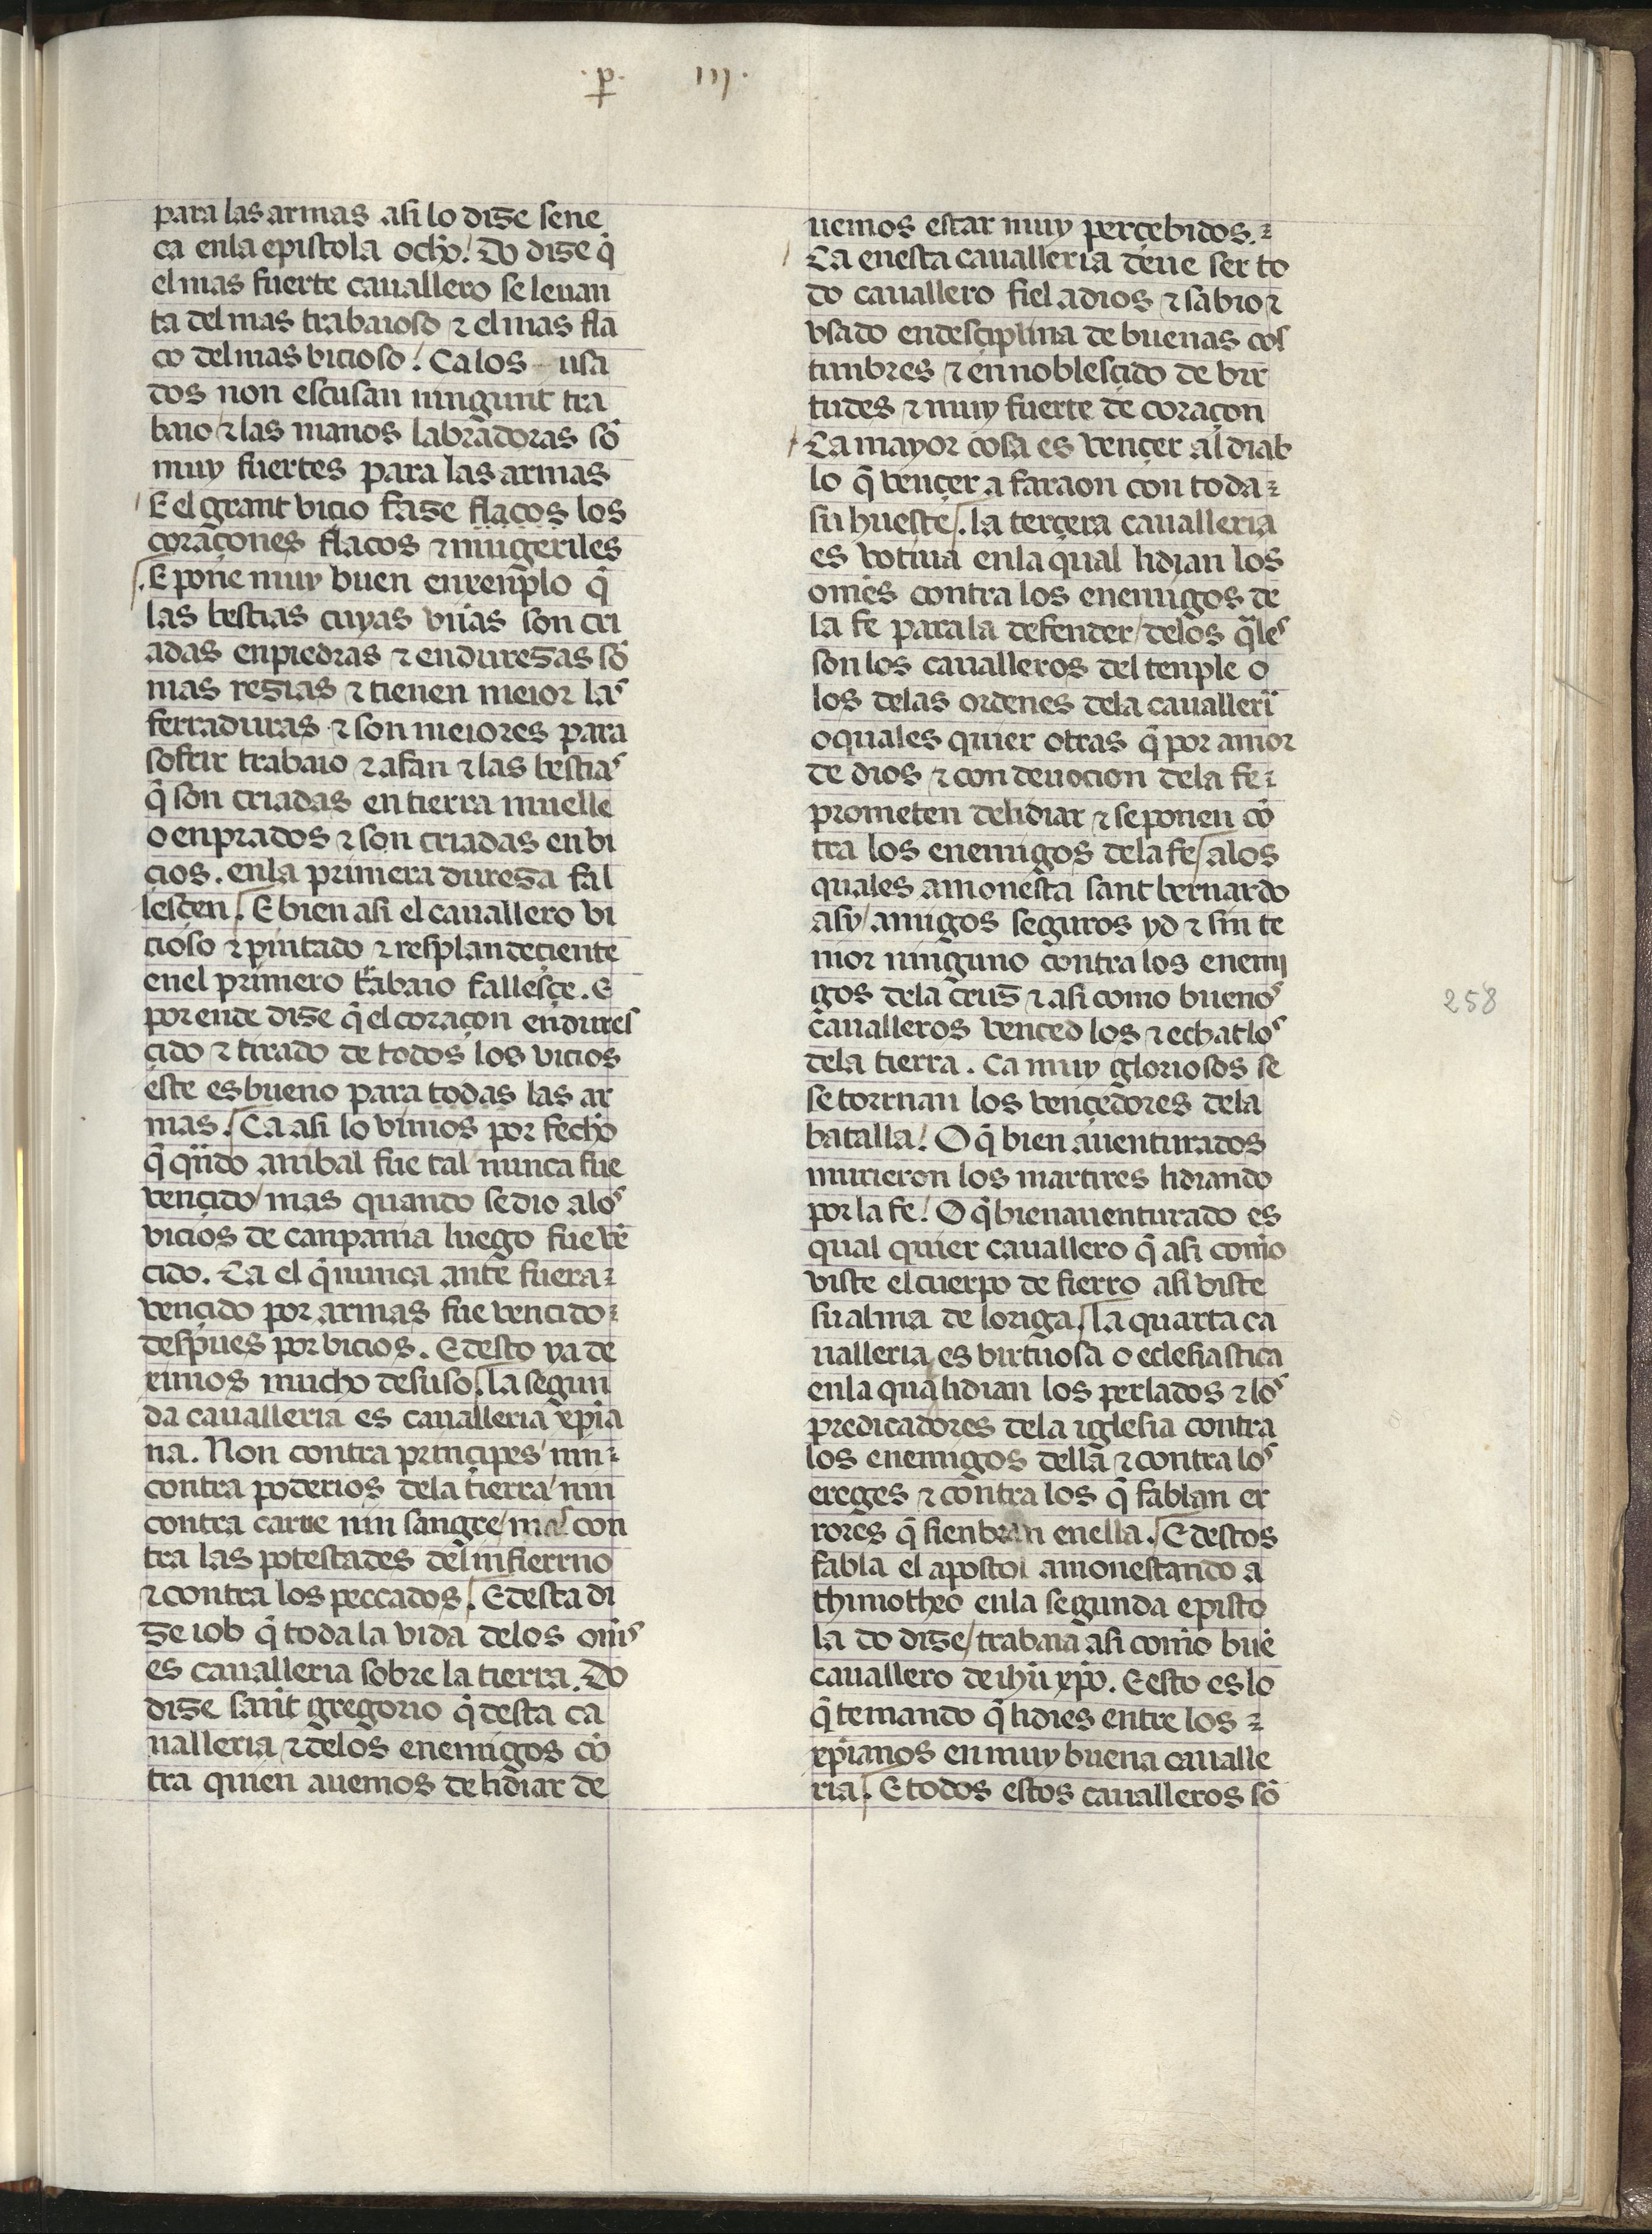
Shelfmark: Madrid, Fundación Lázaro Galdiano, mss 289
Century: 15